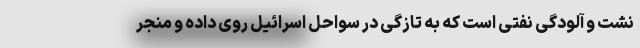
نشت و آلودگی نفتی است که به تازگی در سواحل اسرائیل روی داده و منجر